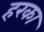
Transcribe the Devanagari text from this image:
हरका